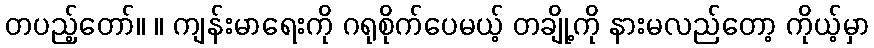
တပည့်တော်။ ။ ကျန်းမာရေးကို ဂရုစိုက်ပေမယ့် တချို့ကို နားမလည်တော့ ကိုယ့်မှာ